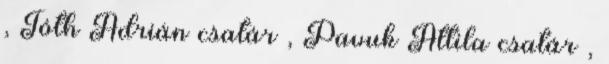
, Tóth Adrián csatár , Pavuk Attila csatár ,